Report of the Indian Hemp Drugs Commission, 1894-1895 - Volume VII
Year: 1894
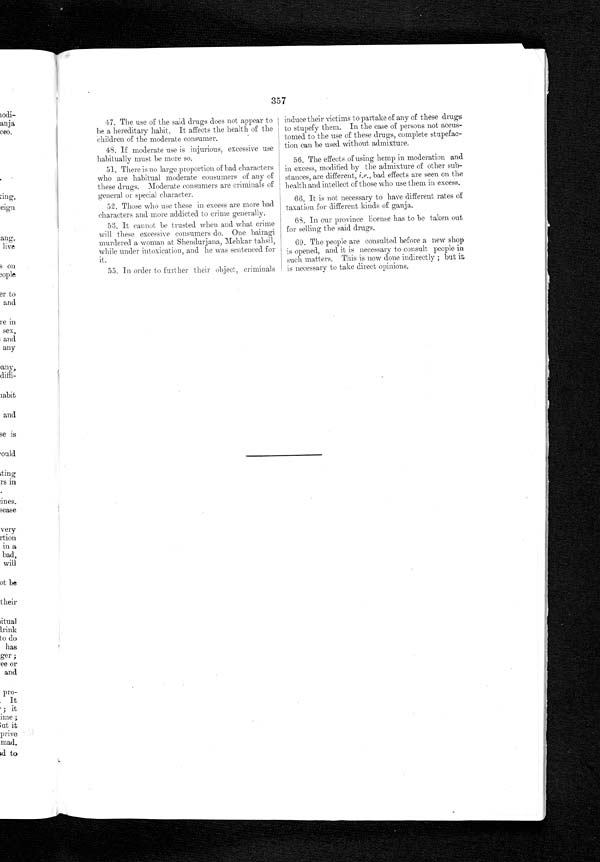
357
47. The use of the said drugs does not appear to
be a hereditary habit. It affects the health of the
children of the moderate consumer.
48. If moderate use is injurious, excessive use
habitually must be more so.
51. There is no large proportion of bad characters
who are habitual moderate consumers of any of
these drugs. Moderate consumers are criminals of
general or special character.
52. Those who use these in excess are more bad
characters and more addicted to crime generally.
53. It cannot be trusted when and what crime
will these excessive consumers do. One bairagi
murdered a woman at Shendurjana, Mehkar tahsil,
while under intoxication, and he was sentenced for
it.
55. In order to further their object, criminals
induce their victims to partake of any of these drugs
to stupefy them. In the case of persons not accus-
tomed to the use of these drugs, complete stupefac-
tion can be used without admixture.
56. The effects of using hemp in moderation and
in excess, modified by the admixture of other sub-
stances, are different, i.e., bad effects are seen on the
health and intellect of those who use them in excess.
66. It is not necessary to have different rates of
taxation for different kinds of ganja.
68. In our province license has to be taken out
for selling the said drugs.
69. The people are consulted before a new shop
is opened, and it is necessary to consult people is
such matters. This is now done indirectly ; but it
is necessary to take direct opinions.